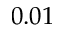
0 . 0 1